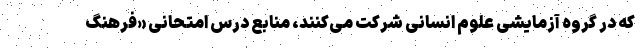
که در گروه آزمایشی علوم انسانی شرکت می‌کنند، منابع درس امتحانی «فرهنگ